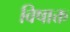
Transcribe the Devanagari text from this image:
विषाक्त